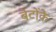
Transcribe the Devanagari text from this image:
बेटोंके